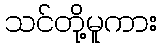
သင်တို့မူကား